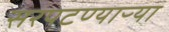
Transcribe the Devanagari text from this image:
सरपटण्याऱ्या